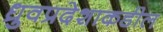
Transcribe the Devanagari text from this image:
ध्रुवप्रदेशाकडील